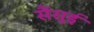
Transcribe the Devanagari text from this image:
सैंसुई